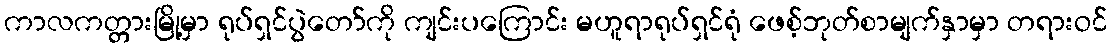
ကာလကတ္တားမြို့မှာ ရုပ်ရှင်ပွဲတော်ကို ကျင်းပကြောင်း မဟူရာရုပ်ရှင်ရုံ ဖေစ့်ဘုတ်စာမျက်နှာမှာ တရားဝင်